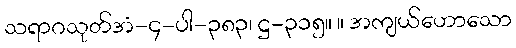
သရာဂသုတ်အံ-၄-ပါ-၃၈၃၊ ဋ္ဌ-၃၁၅။ ။ အကျယ်ဟောသော